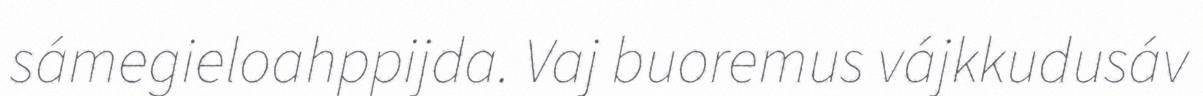
sámegieloahppijda. Vaj buoremus vájkkudusáv